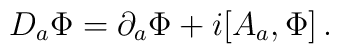
D_a\Phi = \partial_a \Phi + i[A_a,\Phi]  \, .